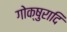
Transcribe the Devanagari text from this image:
गोक्षुरादि